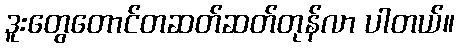
ဒူးတွေတောင်တဆတ်ဆတ်တုန်လာ ပါတယ်။